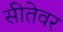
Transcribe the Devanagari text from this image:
सीतेवर